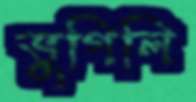
ভুগিলি